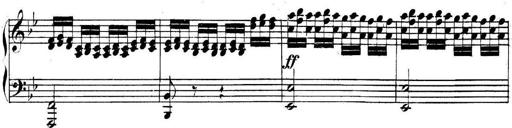
Title: Collected Piano Sonatas
Composer: Muzio Clementi